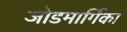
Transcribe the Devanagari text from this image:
जोडमार्गिका